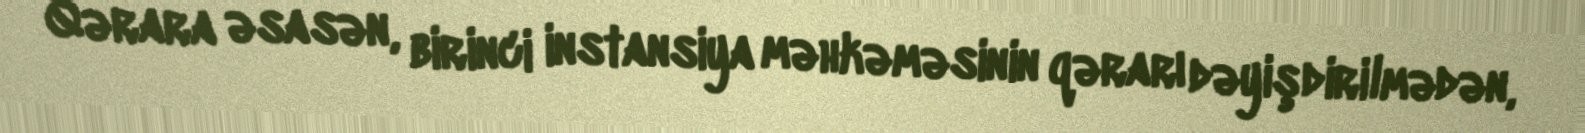
Qərara əsasən, birinci instansiya məhkəməsinin qərarı dəyişdirilmədən,